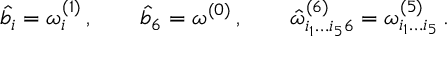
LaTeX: { \hat { b } } _ { i } = \omega _ { i } ^ { ( 1 ) } \, , \qquad { \hat { b } } _ { 6 } = \omega ^ { ( 0 ) } \, , \qquad { \hat { \omega } } _ { i _ { 1 } \dots i _ { 5 } 6 } ^ { ( 6 ) } = \omega _ { i _ { 1 } \dots i _ { 5 } } ^ { ( 5 ) } \, .